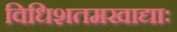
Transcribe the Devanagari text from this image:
विधिशतमखाद्याः